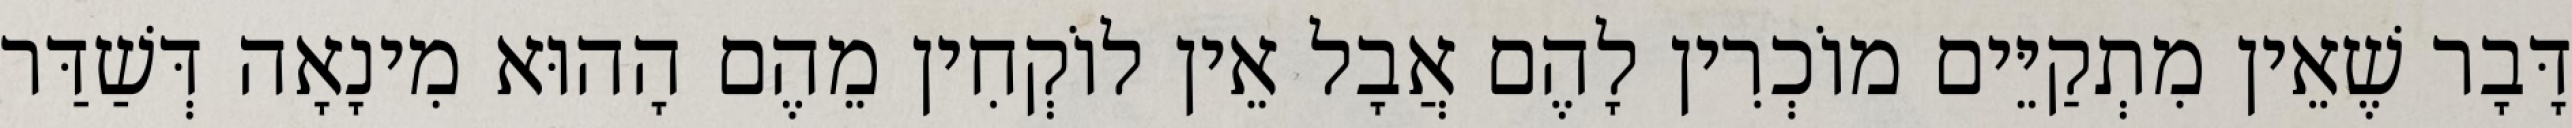
דָּבָר שֶׁאֵין מִתְקַיֵּים מוֹכְרִין לָהֶם אֲבָל אֵין לוֹקְחִין מֵהֶם הָהוּא מִינָאָה דְּשַׁדַּר